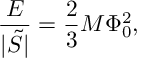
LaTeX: \frac { E } { | \tilde { S } | } = \frac { 2 } { 3 } M \Phi _ { 0 } ^ { 2 } ,